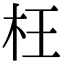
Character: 枉